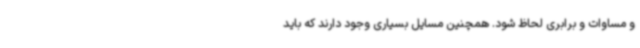
و مساوات و برابری لحاظ شود. همچنین مسایل بسیاری وجود دارند که باید